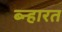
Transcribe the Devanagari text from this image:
ब्न्हारत